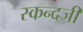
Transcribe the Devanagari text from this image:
स्कन्दजी